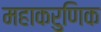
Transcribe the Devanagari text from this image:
महाकरुणिक